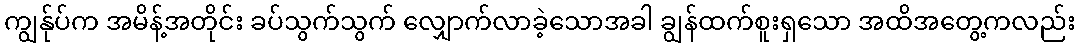
ကျွန်ုပ်က အမိန့်အတိုင်း ခပ်သွက်သွက် လျှောက်လာခဲ့သောအခါ ချွန်ထက်စူးရှသော အထိအတွေ့ကလည်း